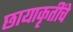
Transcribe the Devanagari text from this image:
छायाकृतींचे